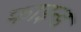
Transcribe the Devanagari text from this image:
फाइन्ड